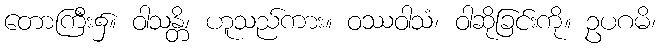
တောကြီး၌။ ဝါသန္တိ၊ ဟူသည်ကား။ ဝဿဝါသံ၊ ဝါဆိုခြင်းကို။ ဥပဂမိ၊